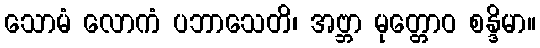
သောမံ လောကံ ပဘာသေတိ၊ အဗ္ဘာ မုတ္တောဝ စန္ဒိမာ။